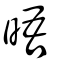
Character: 晤